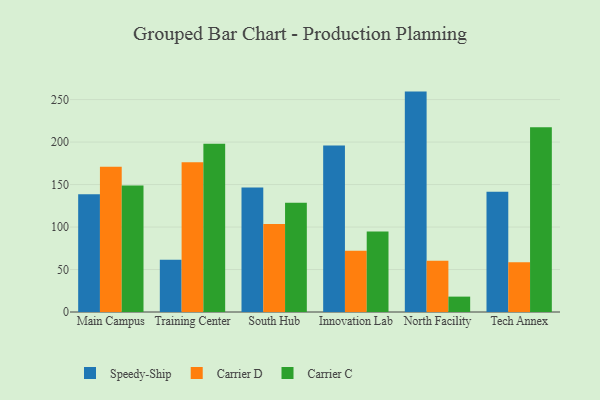
{"axis": {"x": "Campus", "y": "Active Users"}, "legend": ["Carrier C", "Carrier D", "Speedy-Ship"], "data": [{"x": "Main Campus", "y": 138.5, "type": "Speedy-Ship"}, {"x": "Main Campus", "y": 171.0, "type": "Carrier D"}, {"x": "Main Campus", "y": 148.8, "type": "Carrier C"}, {"x": "Training Center", "y": 61.6, "type": "Speedy-Ship"}, {"x": "Training Center", "y": 176.3, "type": "Carrier D"}, {"x": "Training Center", "y": 197.9, "type": "Carrier C"}, {"x": "South Hub", "y": 146.5, "type": "Speedy-Ship"}, {"x": "South Hub", "y": 103.5, "type": "Carrier D"}, {"x": "South Hub", "y": 128.5, "type": "Carrier C"}, {"x": "Innovation Lab", "y": 196.1, "type": "Speedy-Ship"}, {"x": "Innovation Lab", "y": 72.1, "type": "Carrier D"}, {"x": "Innovation Lab", "y": 94.6, "type": "Carrier C"}, {"x": "North Facility", "y": 259.4, "type": "Speedy-Ship"}, {"x": "North Facility", "y": 60.3, "type": "Carrier D"}, {"x": "North Facility", "y": 18.1, "type": "Carrier C"}, {"x": "Tech Annex", "y": 141.6, "type": "Speedy-Ship"}, {"x": "Tech Annex", "y": 58.7, "type": "Carrier D"}, {"x": "Tech Annex", "y": 217.4, "type": "Carrier C"}]}